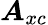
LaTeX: \boldsymbol{A}_{xc}